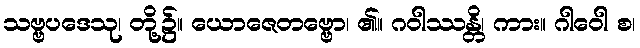
သဗ္ဗပဒေသု၊ တို့၌။ ယောဇေတဗ္ဗော၊ ၏။ ဂဝါဿန္တိ၊ ကား။ ဂါဝေါ စ၊